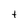
Character: t